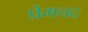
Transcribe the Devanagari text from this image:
प्रेमचद